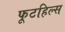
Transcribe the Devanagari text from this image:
फूटहिल्स